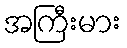
အကြီးမား